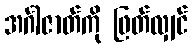
အင်္ဂါဇာတ်ကို ဖြတ်လျှင်